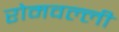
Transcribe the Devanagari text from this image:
रोमवल्ली